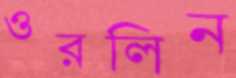
ওরলিন